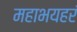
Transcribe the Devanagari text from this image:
महाभयहरं